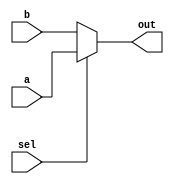
/**
* @brief:
* 
* assign
*
* @reources:
* a -> key0(PIN_M16)
* b -> key1(PIN_E15)
* sel -> key2(PIN_E16)
* out -> led(PIN_A2)
*
* IO Standard: 3.3LVTTL
*/
module mux2(
	input wire a,
	input wire b,
	input wire sel,
	output wire out
);

assign out = (sel ? a : b);

endmodule